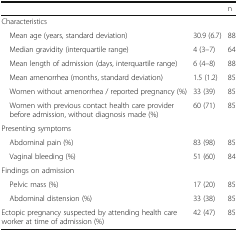
| <COLSPAN=2>  | n |
 | --- | --- | --- |
 | <COLSPAN=3> Characteristics |
 | Mean age (years, standard deviation) | 30.9 (6.7) | 88 |
 | Median gravidity (interquartile range) | 4 (3–7) | 64 |
 | Mean length of admission (days, interquartile range) | 6 (4–8) | 88 |
 | Mean amenorrhea (months, standard deviation) | 1.5 (1.2) | 85 |
 | Women without amenorrhea / reported pregnancy (%) | 33 (39) | 85 |
 | Women with previous contact health care provider before admission, without diagnosis made (%) | 60 (71) | 85 |
 | <COLSPAN=3> Presenting symptoms |
 | Abdominal pain (%) | 83 (98) | 85 |
 | Vaginal bleeding (%) | 51 (60) | 84 |
 | <COLSPAN=3> Findings on admission |
 | Pelvic mass (%) | 17 (20) | 85 |
 | Abdominal distension (%) | 33 (38) | 85 |
 | Ectopic pregnancy suspected by attending health care worker at time of admission (%) | 42 (47) | 85 |